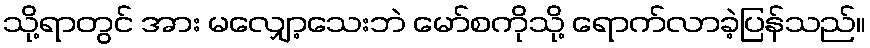
သို့ရာတွင် အား မလျှော့သေးဘဲ မော်စကိုသို့ ရောက်လာခဲ့ပြန်သည်။